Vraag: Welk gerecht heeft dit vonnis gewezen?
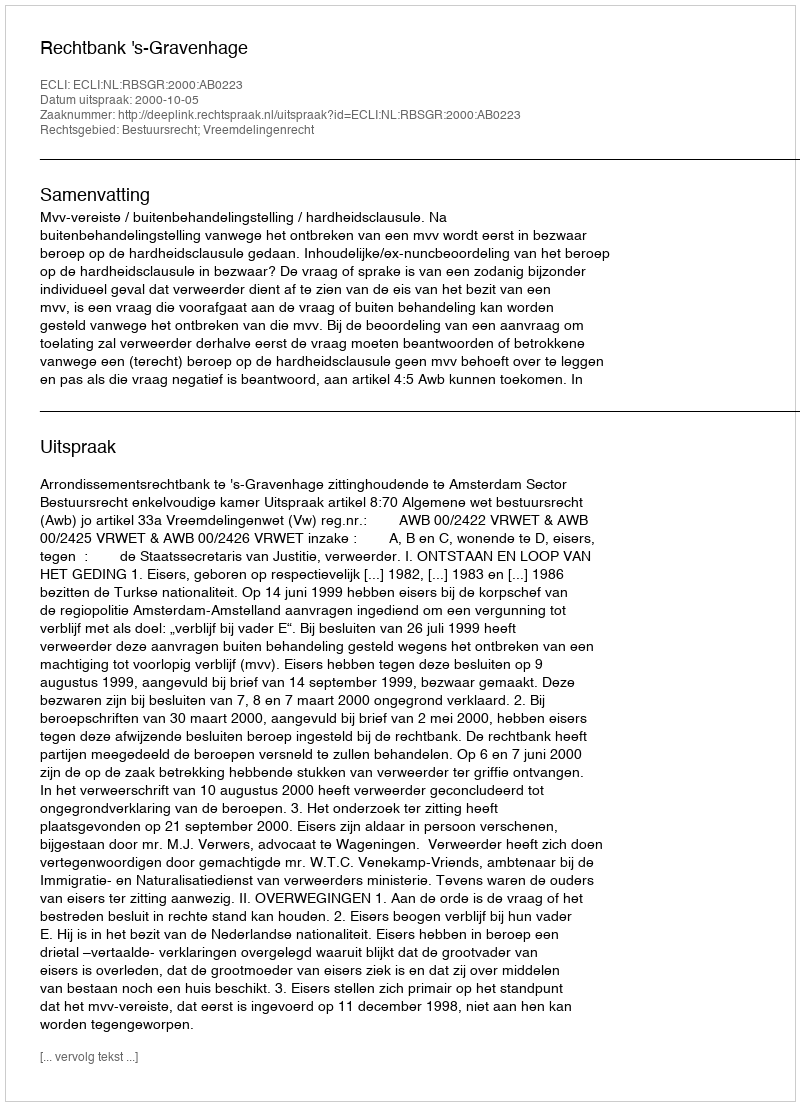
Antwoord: Rechtbank 's-Gravenhage